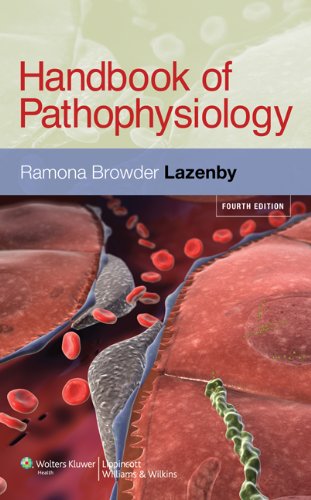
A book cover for Handbook of Pathophysiology; Ramona Browder Lazenby EdD  MSN  FNP-BC  CNE; Medical Books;